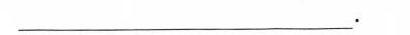
___.